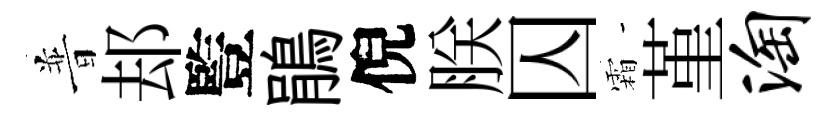
普𨚫䜿鵑倪朕囚霜堇淘